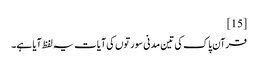
[15]
قرآن پاک کی تین مدنی سورتوں کی آیات یہ لفظ آیا ہے۔